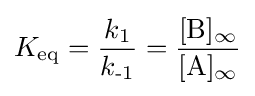
K_{\text{eq}}={\frac {k_{\text{1}}}{k_{\text{-1}}}}={\frac {[\mathrm {B} ]_{\infty }}{[\mathrm {A} ]_{\infty }}}